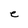
Character: e